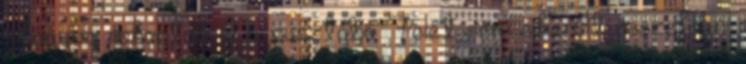
elhagyva rohantak el a pusztába. Felét sem sikerült összefogni: